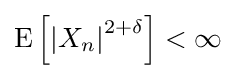
{\textstyle \operatorname {E} \left[{\left|X_{n}\right|}^{2+\delta }\right]<\infty }